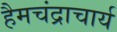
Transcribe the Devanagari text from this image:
हैमचंद्राचार्य